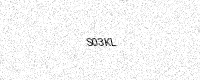
Text: S03KL